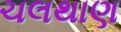
ચલથાણ